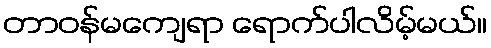
တာဝန်မကျေရာ ရောက်ပါလိမ့်မယ်။